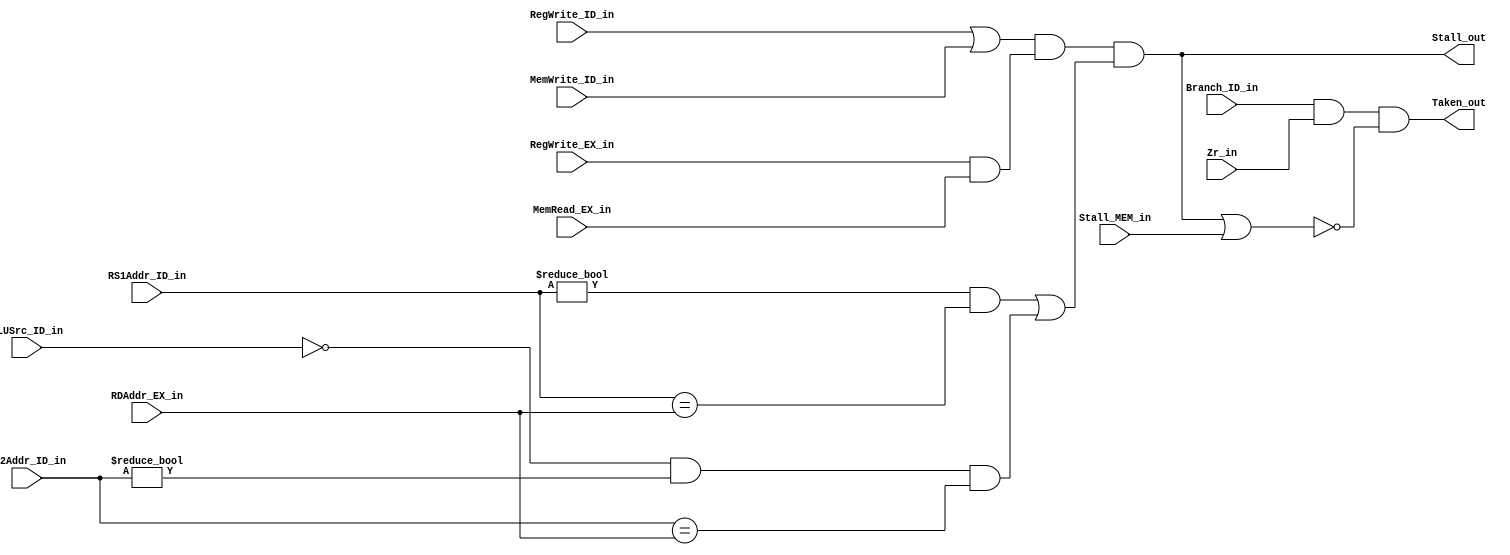
module HDU(Branch_ID_in, Zr_in, Stall_MEM_in, RS1Addr_ID_in, RS2Addr_ID_in, ALUSrc_ID_in, RegWrite_ID_in, MemWrite_ID_in,
           RegWrite_EX_in, MemRead_EX_in, RDAddr_EX_in, Taken_out, Stall_out);
input Branch_ID_in;
input Zr_in;
input Stall_MEM_in;
input [4:0] RS1Addr_ID_in;
input [4:0] RS2Addr_ID_in;
input ALUSrc_ID_in;
input RegWrite_ID_in;
input MemWrite_ID_in;
input RegWrite_EX_in;
input MemRead_EX_in;
input [4:0] RDAddr_EX_in;
output Taken_out;
output Stall_out;

wire RS1_EX;
wire RS2_EX;

assign Taken_out = Branch_ID_in & Zr_in & !(Stall_out | Stall_MEM_in);

assign RS1_EX = RS1Addr_ID_in != 0 & RS1Addr_ID_in == RDAddr_EX_in;
assign RS2_EX = (!ALUSrc_ID_in) & RS2Addr_ID_in != 0 & RS2Addr_ID_in == RDAddr_EX_in;

assign Stall_out = (RegWrite_ID_in | MemWrite_ID_in) & (RegWrite_EX_in & MemRead_EX_in) & (RS1_EX | RS2_EX);

endmodule